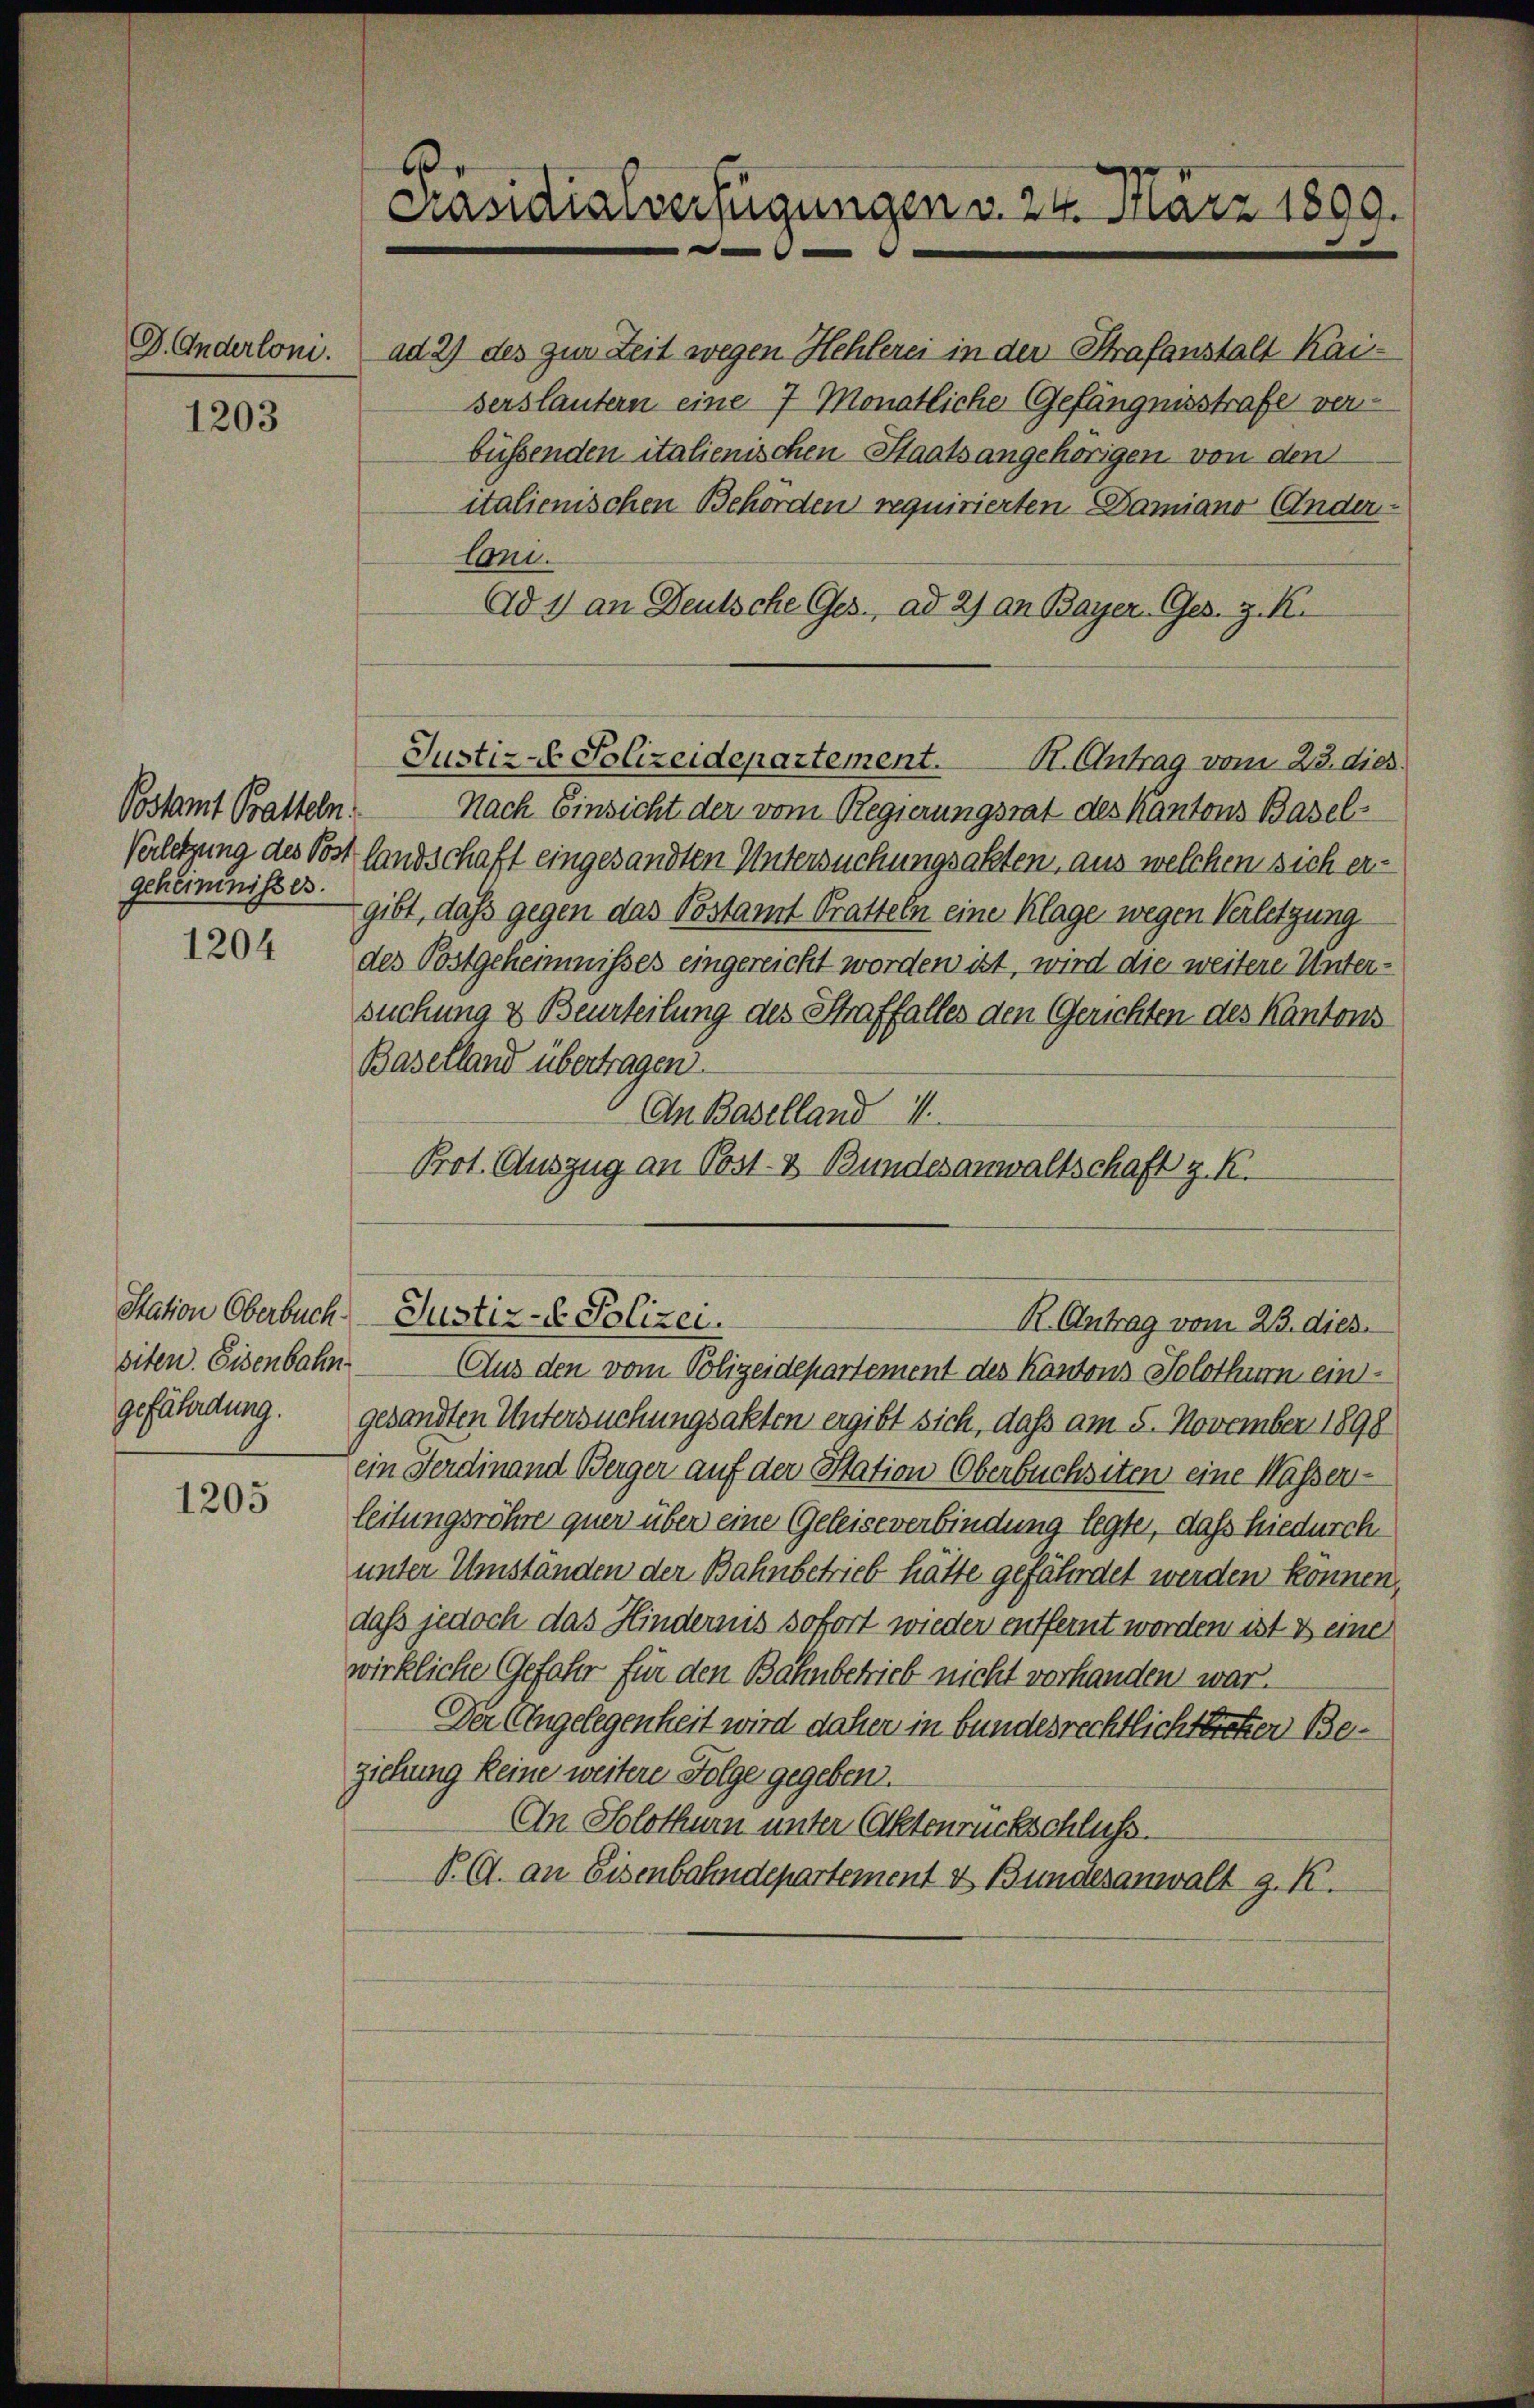
D. Anderloni.

1203

Postamt Batteln.
geheimnisses.

1204

siten. Eisenbahn

1205

.
Präsidialverfügungen v. 24. März 1890.

ad 2) des zur Zeit wegen Hehlerei in der Strafanstalt Kai-
serstautern eine 7 Monatliche Gefängnisstrafe verbüssenden italienischen Staatsangehörigen von den
italienischen Behörden requirierten Damiano (Ander
Coni.
Ad 1) an Deutsche Ges. ad 2) an Bayer. Ges. z. K.
Nach Einsicht der vom Regierungsrat des Kantons Basel¬
Verletzung des Post landschaft eingesandten Untersuchungsakten, aus welchen sich ergibt, dass gegen das Postamt Pratteln eine Klage wegen Verletzung
des Postgeheimnisses eingereicht worden ist, wird die weitere Untersuchung & Beurteilung des Straffalles den Gerichten des Kantons
Baselland übertragen.
An Baselland
Prot. Auszug an Post- & Bundesanwaltschaft z. K.

Station Oberbuch Justiz- & Polizei.

Justiz- & Polizeidepartement. St. Antrag vom 23. dies.

K. Antrag vom 23. dies.
Aus den vom Polizeidepartement des Kantons Solothum ein¬

gefährdung. gesandten Untersuchungsakten ergibt sich, daß am 5. November 1898
ein Ferdinand Berger auf der Station Oberbuchsiten eine Wässer-
leitungsröhre quer über eine Geleiseverbindung legte, daß hiedurch
unter Umständen der Bahnbetrieb hätte gefährdet werden können,
daß jedoch das Hindernis sofort wieder entfernt worden ist & eine
wirkliche Gefahr für den Bahnbetrieb nicht vorhanden war.
Der Angelegenheit wird daher in bundesrechtlich treten Beziehung keine weitere Folge gegeben.
An Solothur unter Aktenrückschluss.
P. G. an Eisenbahndepartement & Bundesanwalt g. K.